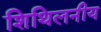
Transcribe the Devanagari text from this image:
शिथिलनीय